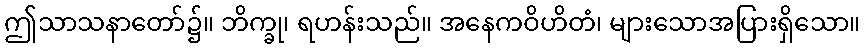
ဤသာသနာတော်၌။ ဘိက္ခု၊ ရဟန်းသည်။ အနေကဝိဟိတံ၊ များသောအပြားရှိသော။